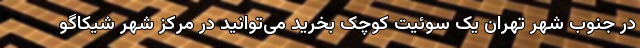
در جنوب شهر تهران یک سوئیت کوچک بخرید می‌توانید در مرکز شهر شیکاگو